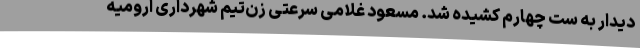
دیدار به ست چهارم کشیده شد. مسعود غلامی سرعتی زن‌تیم شهرداری ارومیه